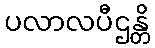
ပလာလပီဌန္တိ